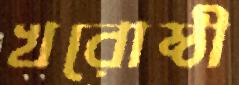
খরোষ্ঠী